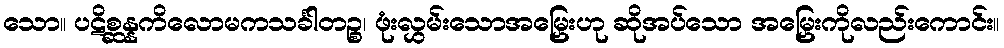
သော။ ပဋိစ္ဆန္နကိလောမကသင်္ခါတဉ္စ၊ ဖုံးလွှမ်းသောအမြှေးဟု ဆိုအပ်သော အမြှေးကိုလည်းကောင်း။